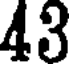
43